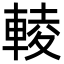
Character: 輘